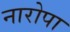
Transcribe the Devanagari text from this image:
नारोपा